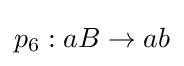
p_{6}:aB\rightarrow ab